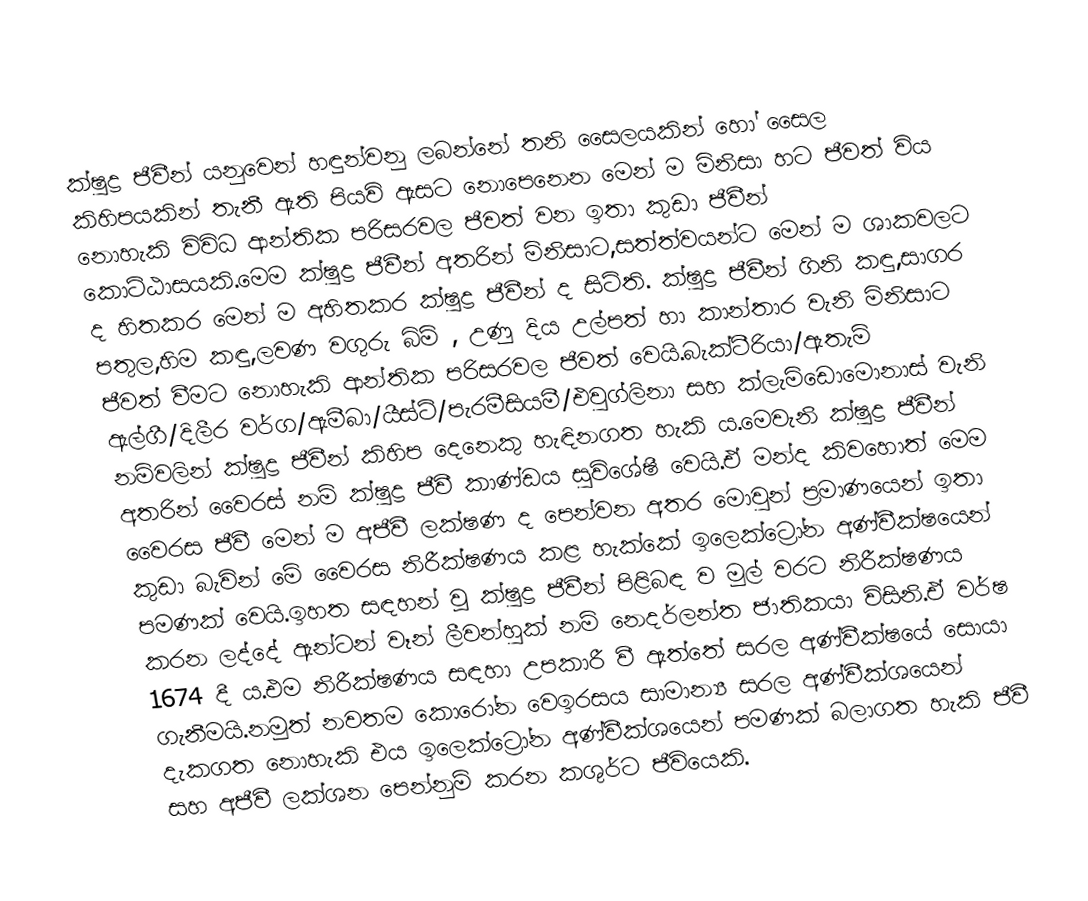
ක්ෂුද්‍ර ජීවීන් යනුවෙන් හඳුන්වනු ලබන්නේ තනි සෛලයකින් හෝ සෛල කිහිපයකින් තැනී ඇති පියවි ඇසට නොපෙනෙන මෙන් ම මිනිසා හට ජීවත් විය නොහැකි විවිධ ආන්තික පරිසරවල ජීවත් වන ඉතා කුඩා ජීවීන් කොට්ඨාසයකි.මෙම ක්ෂුද්‍ර ජීවීන් අතරින් මිනිසාට,සත්ත්වයන්ට මෙන් ම ශාකවලට ද හිතකර මෙන් ම අහිතකර ක්ෂුද්‍ර ජීවීන් ද සිටිති. ක්ෂුද්‍ර ජීවීන් ගිනි කඳු,සාගර පතුල,හිම කඳු,ලවණ වගුරු බිම් , උණු දිය උල්පත් හා කාන්තාර වැනි මිනිසාට ජීවත් වීමට නොහැකි ආන්තික පරිසරවල ජීවත් වෙයි.බැක්ටීරියා/ඇතැම් ඇල්ගී/දිලීර වර්ග/ඇමීබා/යීස්ට්/පැරමීසියමී/එවුග්ලිනා සහ ක්ලැමිඩොමොනාස් වැනි නම්වලින් ක්ෂුද්‍ර ජීවීන් කිහිප දෙනෙකු හැඳිනගත හැකි ය.මෙවැනි ක්ෂුද්‍ර ජීවීන් අතරින් වෛරස් නම් ක්ෂුද්‍ර ජීවී කාණ්ඩය සුවිශේෂී වෙයි.ඒ මන්ද කිවහොත් මෙම වෛරස ජීවී මෙන් ම අජීවී ලක්ෂණ ද පෙන්වන අතර මොවුන් ප්‍රමාණයෙන් ඉතා කුඩා බැවින් මේ වෛරස නිරීක්ෂණය කළ හැක්කේ ඉලෙක්ට්‍රෝන අණ්වීක්ෂයෙන් පමණක් වෙයි.ඉහත සඳහන් වූ ක්ෂුද්‍ර ජීවීන් පිළිබඳ ව මුල් වරට නිරීක්ෂණය කරන ලද්දේ ඇන්ටන් වෑන් ලීවන්හුක් නම් නෙදර්ලන්ත ජාතිකයා විසිනි.ඒ වර්ෂ 1674 දී ය.එම නිරීක්ෂණය සඳහා උපකාරී වී ඇත්තේ සරල අණ්වීක්ෂයේ සොයා ගැනීමයි.නමුත් නවතම කොරෝන වෙඉරසය සාමාන්‍ය සරල අණ්වීක්ශයෙන් දැකගත නොහැකි එය ඉලෙක්ට්‍රෝන අණ්වීක්ශයෙන් පමණක් බලාගත හැකි ජීවී සහ අජීවී ලක්ශන පෙන්නුම් කරන කශුර්ට ජීවියෙකි.